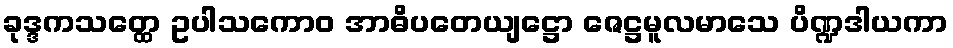
ခုဒ္ဒကသတ္ထေ ဥပါသကောဝ အာဓိပတေယျဋ္ဌော ဇေဋ္ဌမူလမာသေ ပိဏ္ဍဒါယကာ